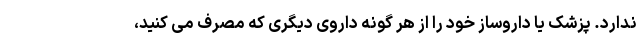
ندارد. پزشک یا داروساز خود را از هر گونه داروی دیگری که مصرف می کنید،